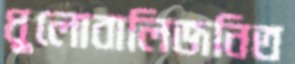
ধুলোবালিজনিত